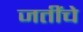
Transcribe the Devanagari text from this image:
जतींचे